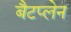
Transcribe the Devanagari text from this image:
बैटप्लेन